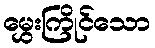
မွှေးကြိုင်သော